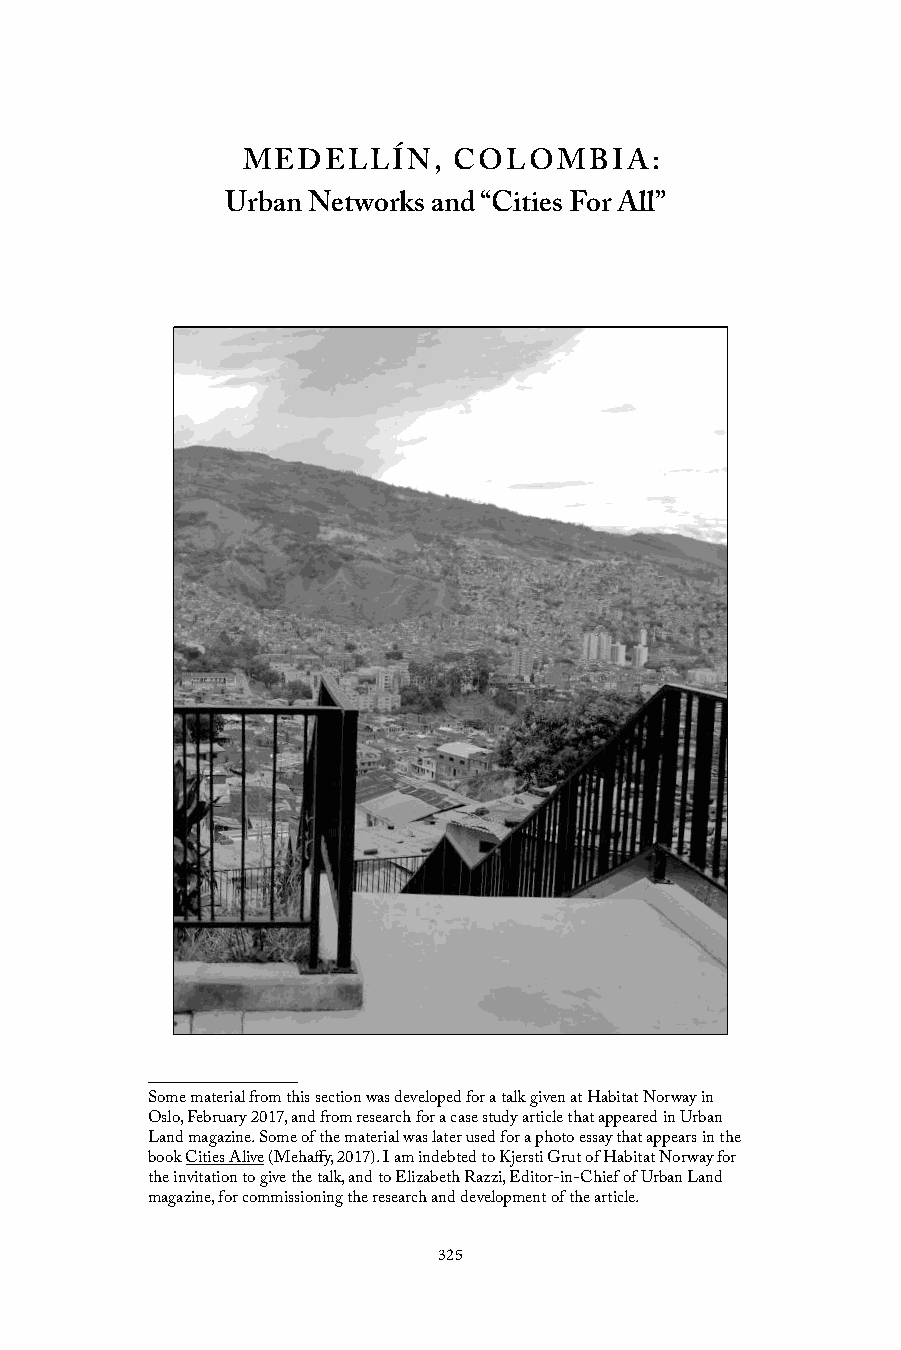
MEDELLÍN,     COLOMBIA:
 Urban Networks and “Cities For All”*
 Some material from this section was developed for a talk given at Habitat Norway in
 Oslo, February 2017, and from research for a case study article that appeared in Urban
 Land magazine. Some of the material was later used for a photo essay that appears in the
 book Cities Alive (Mehaffy, 2017). I am indebted to Kjersti Grut of Habitat Norway for
 the invitation to give the talk, and to Elizabeth Razzi, Editor-in-Chief of Urban Land
 magazine, for commissioning the research and development of the article.
 325